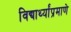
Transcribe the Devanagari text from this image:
विद्यार्थ्यांप्रमाणे